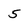
Character: 5